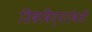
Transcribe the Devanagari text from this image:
शिकविण्याऐवजी